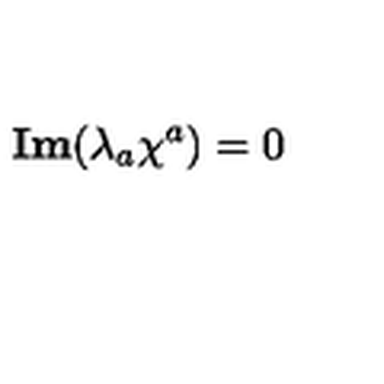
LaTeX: { \bf I m } ( \lambda _ { a } \chi ^ { a } ) = 0